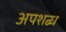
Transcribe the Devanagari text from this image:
अपशब्ध